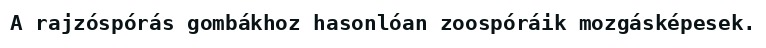
A rajzóspórás gombákhoz hasonlóan zoospóráik mozgásképesek.